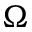
\Omega